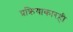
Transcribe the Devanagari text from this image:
प्रक्रियाकारही